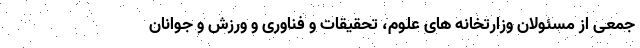
جمعی از مسئولان وزارتخانه های علوم، تحقیقات و فناوری و ورزش و جوانان